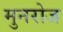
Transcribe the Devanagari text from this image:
मुनरोज